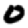
Digit: 0